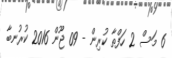
6 މަސް 2 ހަފްތާ ކުރިން - 09 ޖޫން 2016 ކުރުނބާ